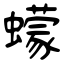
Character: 蠓